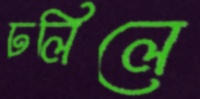
ঢলিলে